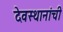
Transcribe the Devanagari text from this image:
देवस्थानांची